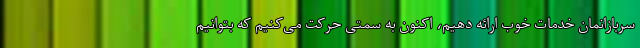
سربازانمان خدمات خوب ارائه دهیم، اکنون به سمتی حرکت می‌کنیم که بتوانیم